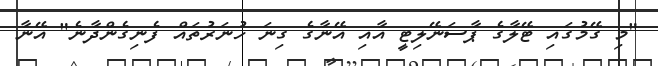
"މި ގޭމުގައި ޓޭލާގެ ޕާސަނޭލިޓީ އާއި އޭނާގެ ގިނަ ހުނަރުތައް ފެނިގެންދާނެ" އޭނާ